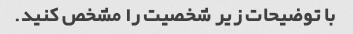
با توضیحات زیر شخصیت را مشخص کنید.